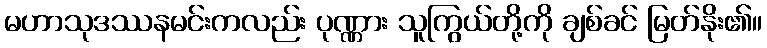
မဟာသုဒဿနမင်းကလည်း ပုဏ္ဏား သူကြွယ်တို့ကို ချစ်ခင် မြတ်နိုး၏။